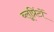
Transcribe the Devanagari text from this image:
ब्लूप्रिंटों